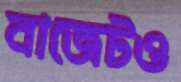
বাজেটও